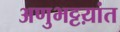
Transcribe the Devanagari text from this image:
अणुभट्टय़ांत